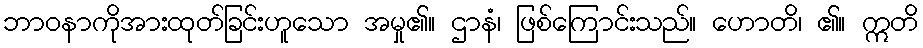
ဘာဝနာကိုအားထုတ်ခြင်းဟူသော အမှု၏။ ဌာနံ၊ ဖြစ်ကြောင်းသည်။ ဟောတိ၊ ၏။ ဣတိ